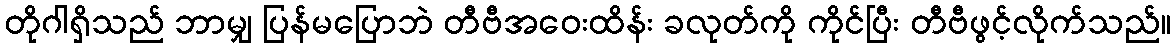
တိုဂါရှိသည် ဘာမျှ ပြန်မပြောဘဲ တီဗီအဝေးထိန်း ခလုတ်ကို ကိုင်ပြီး တီဗီဖွင့်လိုက်သည်။